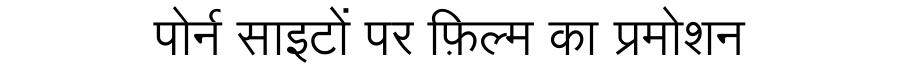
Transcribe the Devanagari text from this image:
पोर्न साइटों पर फ़िल्म का प्रमोशन